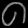
Digit: ၈